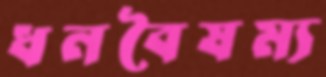
ধনবৈষম্য